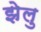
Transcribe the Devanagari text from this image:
झेलु